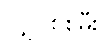
လျှပ်စစ်မီး